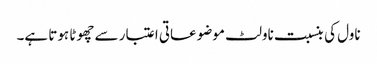
ناول کی بنسبت ناولٹ موضوعاتی اعتبار سے چھوٹا ہوتا ہے۔